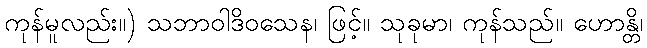
ကုန်မူလည်း။) သဘာဝါဒိဝသေန၊ ဖြင့်။ သုခုမာ၊ ကုန်သည်။ ဟောန္တိ၊